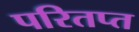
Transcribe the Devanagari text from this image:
परितप्त